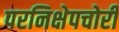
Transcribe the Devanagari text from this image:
परनिक्षेपचोरी